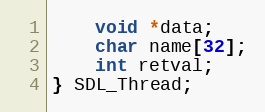
Language: C
    void *data;
    char name[32];
    int retval;
} SDL_Thread;